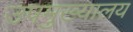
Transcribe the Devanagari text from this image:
उपमुख्यालय